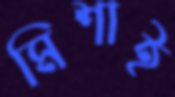
মিশাই